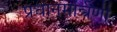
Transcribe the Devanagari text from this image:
प्रधानमन्त्रिणी